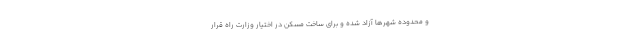
و محدوده شهرها آزاد شده و برای ساخت مسکن در اختیار وزارت راه قرار